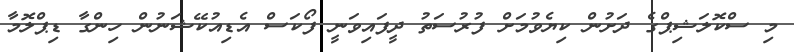
މި ސްކޮލަޝިޕްގެ ދަށުން ކިޔެވުމަށް ފުރުސަތު ދީފައިވަނީ ފޯކަސް އެޑިއުކޭޝަނުން ހިންގާ ޑިޕްލޮމާ